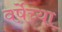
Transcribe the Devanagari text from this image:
वर्षेच्या